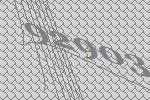
92903